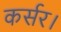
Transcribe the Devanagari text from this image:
कर्सर।